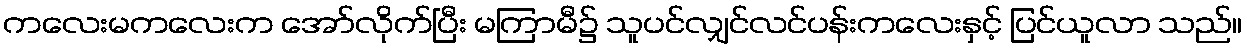
ကလေးမကလေးက အော်လိုက်ပြီး မကြာမီ၌ သူပင်လျှင်လင်ပန်းကလေးနှင့် ပြင်ယူလာ သည်။